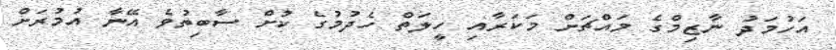
އަހުމަދު ނާޒިމްގެ މައްޗަށް މަކަރާއި ހީލަތް ހެދުމުގެ ކުށް ސާބިތުވެ އޭނާ އުމުރަށް